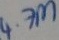
Text: 4.7M